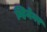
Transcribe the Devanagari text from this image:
व्हिनेगर